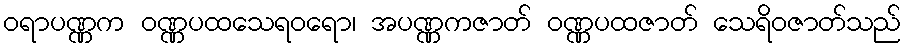
ဝရာပဏ္ဏက ဝဏ္ဏပထသေရဝရော၊ အပဏ္ဏကဇာတ် ဝဏ္ဏပထဇာတ် သေရိဝဇာတ်သည်